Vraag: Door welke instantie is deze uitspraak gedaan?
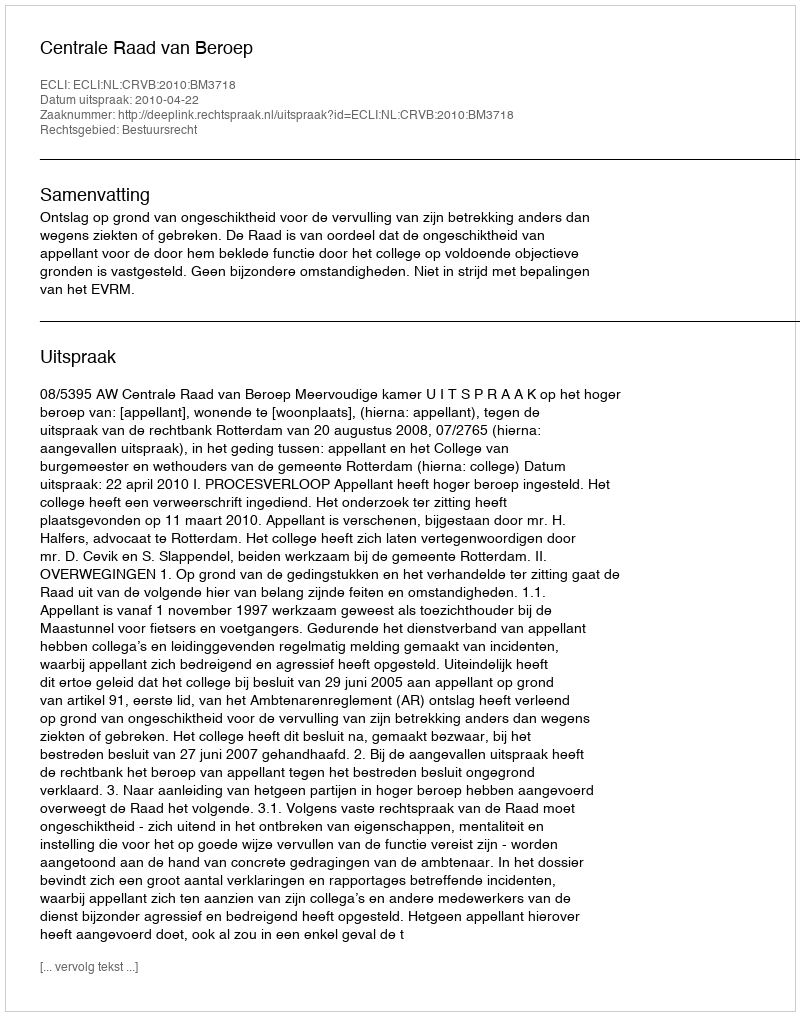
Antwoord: Centrale Raad van Beroep